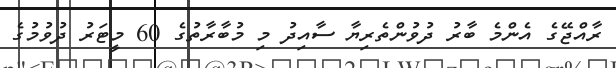
ރާއްޖޭގެ އެންމެ ބާރު ދުވުންތެރިޔާ ސާއިދު މި މުބާރާތުގެ 60 މީޓަރު ދުވުމުގެ